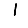
Digit: 1